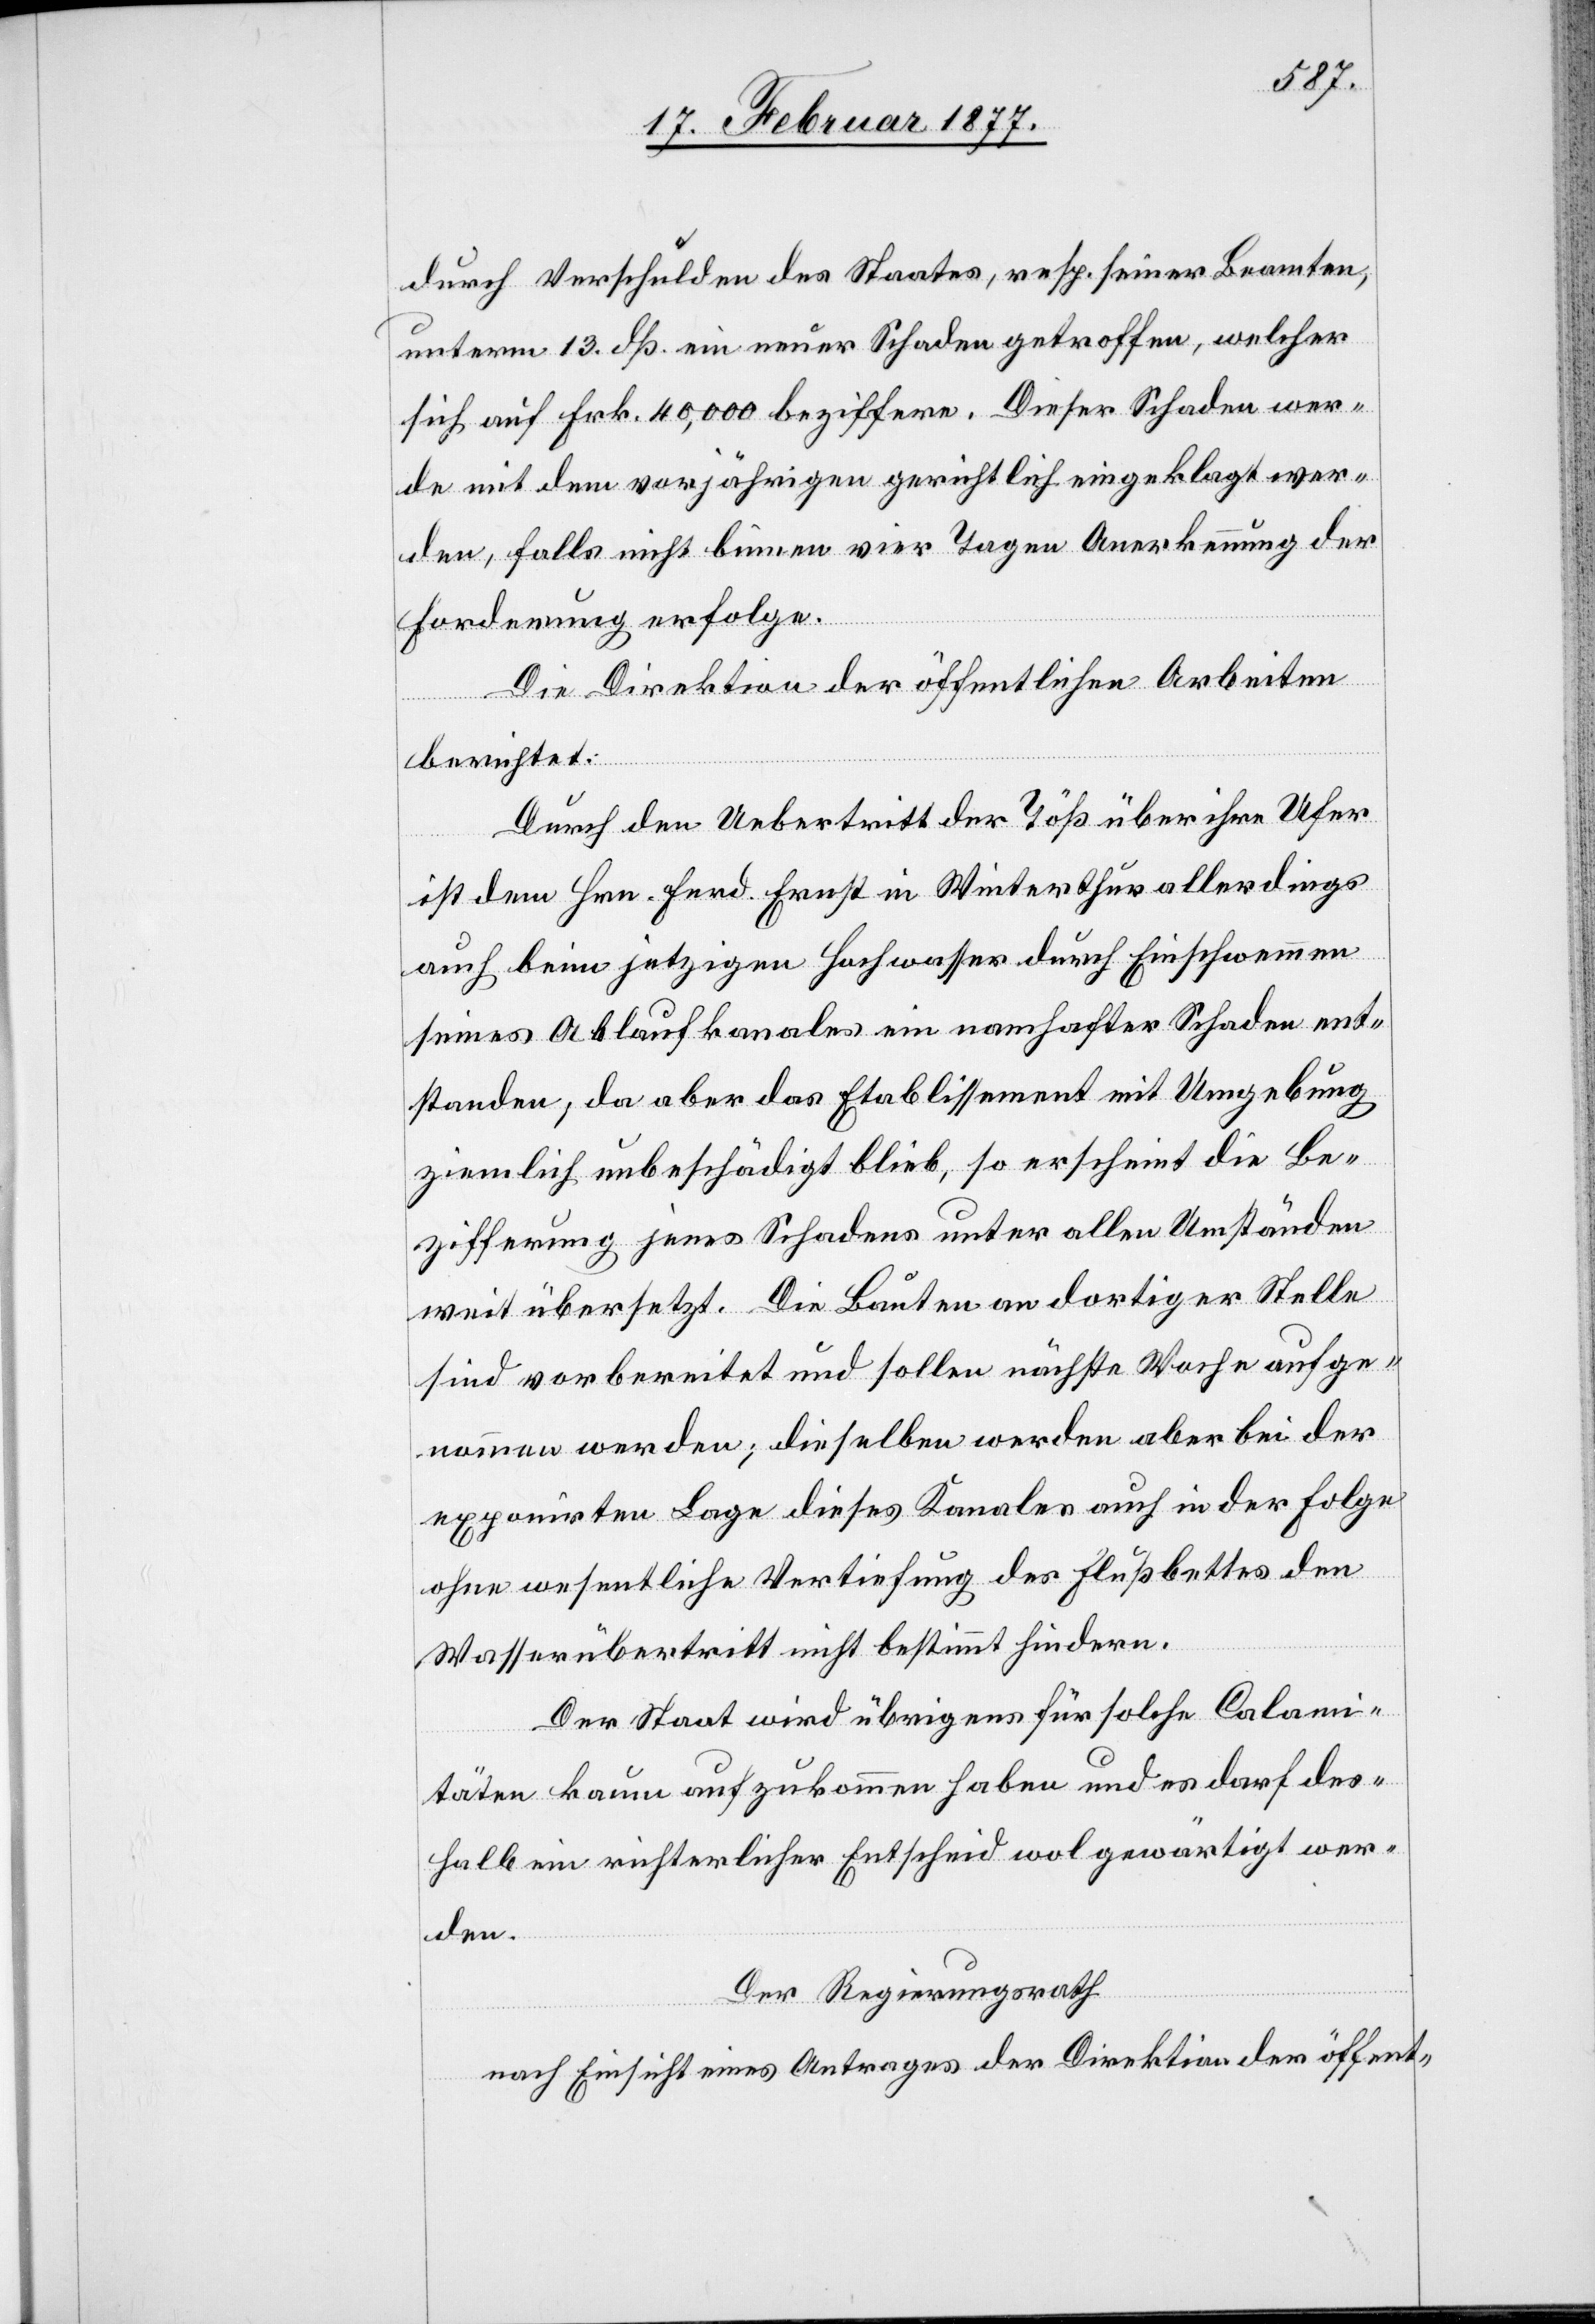
durch Verschulden des Staates, resp. seiner Beamten,
unterm 13. dß. ein neuer Schaden getroffen, welcher
sich auf Frk. 40,000 beziffere. Dieser Schaden wer¬
de mit dem vorjährigen gerichtlich eingeklagt wer¬
den, falls nicht binnen vier Tagen Anerkennung der
Forderung erfolge.
Die Direktion der öffentlichen Arbeiten
berichtet:
Durch den Uebertritt der Töß über die Ufer
ist dem Hrn. Ferd. Ernst in Winterthur allerdings
auch beim jetzigen Hochwasser durch Einschwemmen
seines Ablaufkanales ein namhafter Schaden ent¬
standen, da aber das Etablissement mit Umgebung
ziemlich unbeschädigt blieb, so erscheint die Be¬
zifferung jenes Schadens unter allen Umständen
weit übersetzt. Die Bauten an dortiger Stelle
sind vorbereitet und sollen nächste Woche aufge¬
nommen werden; dieselben werden aber bei der
exponirten Lage dieses Kanales auch in der Folge
ohne wesentliche Vertiefung des Flußbettes den
Wasserübertritt nicht bestimmt hindern.
Der Staat wird übrigens für solche Calami¬
täten kaum aufzukommen haben und es darf des¬
halb ein richterlicher Entscheid wol gewärtigt wer¬
den.
Der Regierungsrath
nach Einsicht eines Antrages der Direktion der öffent-